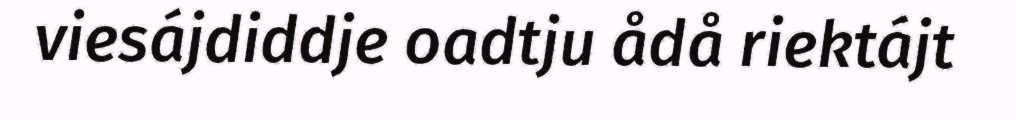
viesájdiddje oadtju ådå riektájt